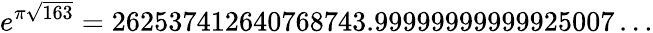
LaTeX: e^{\pi{\sqrt{163}}}=262537412640768743.99999999999925007\dots